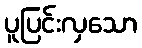
ပူပြင်းလှသော